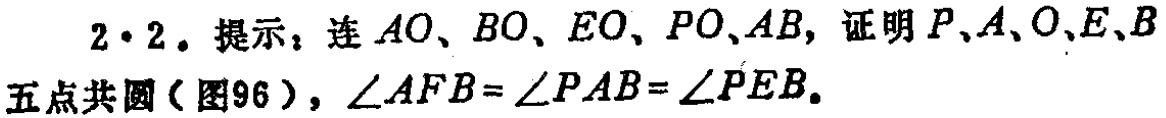
$2\cdot2$. 提示：连$AO、BO、EO、PO、AB$，证明$P、A、O、E、B$五点共圆（图96），$\angle AFB = \angle PAB=\angle PEB$。